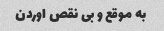
به موقع و بی نقص اوردن